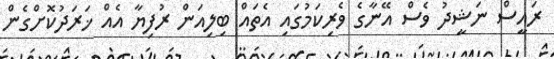
ރައީސް ނަޝީދު ވެސް އޭނާގެ ވެރިކަމުގައި އެތައް ބިލިއަން ރުފިޔާ އެއް ޚަރަދުކޮށްގެން